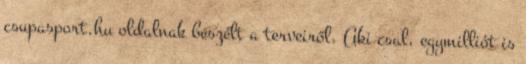
csupasport.hu oldalnak beszélt a terveiről. Aki csal, egymilliót is